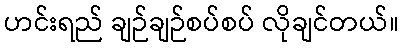
ဟင်းရည် ချဉ်ချဉ်စပ်စပ် လိုချင်တယ်။